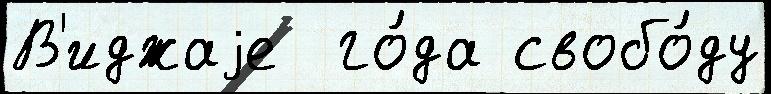
В'иджаjе  го́да свобо́ду